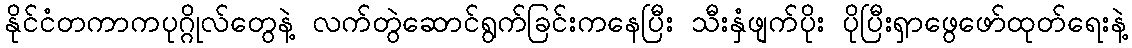
နိုင်ငံတကာကပုဂ္ဂိုလ်တွေနဲ့ လက်တွဲဆောင်ရွက်ခြင်းကနေပြီး သီးနှံဖျက်ပိုး ပိုပြီးရှာဖွေဖော်ထုတ်ရေးနဲ့